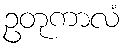
ဥတုကာလံ